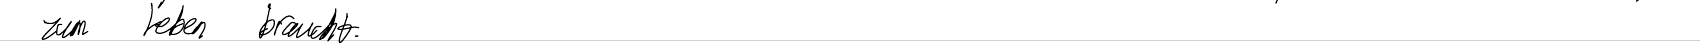
zum Leben braucht.